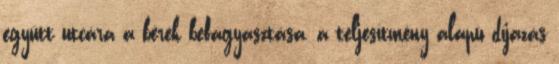
együtt utcára a bérek befagyasztása, a teljesítmény alapú díjazás